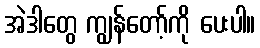
အဲဒါတွေ ကျွန်တော့်ကို ပေးပါ။